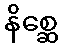
နိစ္ဆေ